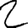
Digit: 2